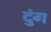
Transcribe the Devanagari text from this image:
दुंग